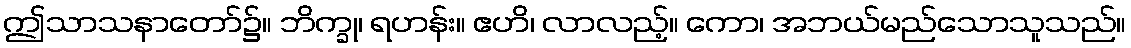
ဤသာသနာတော်၌။ ဘိက္ခု၊ ရဟန်း။ ဧဟိ၊ လာလည့်။ ကော၊ အဘယ်မည်သောသူသည်။